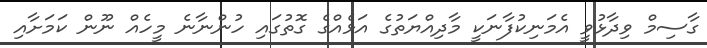
ގާސިމް ވިދާޅުވީ އެމަނިކުފާނަކީ މާދިއްޔަތުގެ އަޅެއްގެ ގޮތުގައި ހުންނާނެ މީހެއް ނޫން ކަމަށާއި